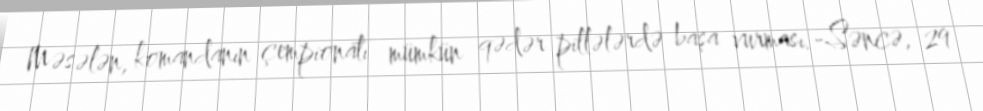
Məsələn, komandanın çempionatı mümkün qədər pillələrdə başa vurması.-Səncə, 29